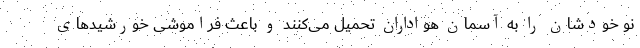
نو خودشان را به آسمان هواداران تحمیل می‌کنند و باعث فراموشی خورشید‌های